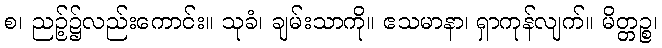
စ၊ ညဉ့်၌လည်းကောင်း။ သုခံ၊ ချမ်းသာကို။ ဧသမာနာ၊ ရှာကုန်လျက်။ မိတ္တဉ္စ၊